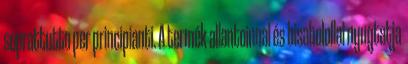
soprattutto per principianti. A termék allantoinnal és bisabolollal nyugtatja